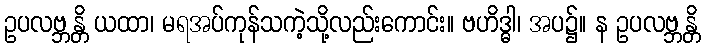
ဥပလဗ္ဘန္တိ ယထာ၊ မရအပ်ကုန်သကဲ့သို့လည်းကောင်း။ ဗဟိဒ္ဓါ၊ အပ၌။ န ဥပလဗ္ဘန္တိ